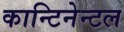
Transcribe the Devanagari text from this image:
कान्टिनेन्टल